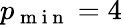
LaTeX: p_{\mathrm{~m~i~n~}}=4